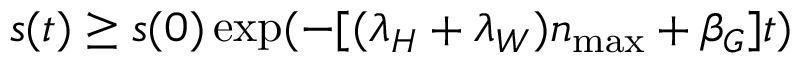
s ( t ) \geq s ( 0 ) \exp ( - [ ( \lambda _ { H } + \lambda _ { W } ) n _ { \operatorname* { m a x } } + \beta _ { G } ] t )